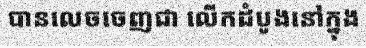
បានលេចចេញជា លើកដំបូងនៅក្នុង